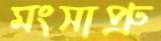
মংসাপ্রু